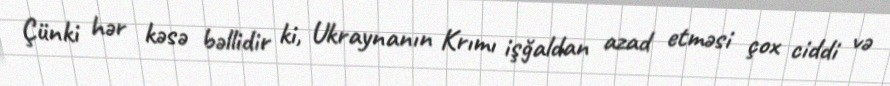
Çünki hər kəsə bəllidir ki, Ukraynanın Krımı işğaldan azad etməsi çox ciddi və